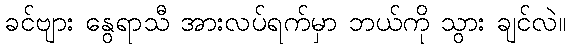
ခင်ဗျား နွေရာသီ အားလပ်ရက်မှာ ဘယ်ကို သွား ချင်လဲ။